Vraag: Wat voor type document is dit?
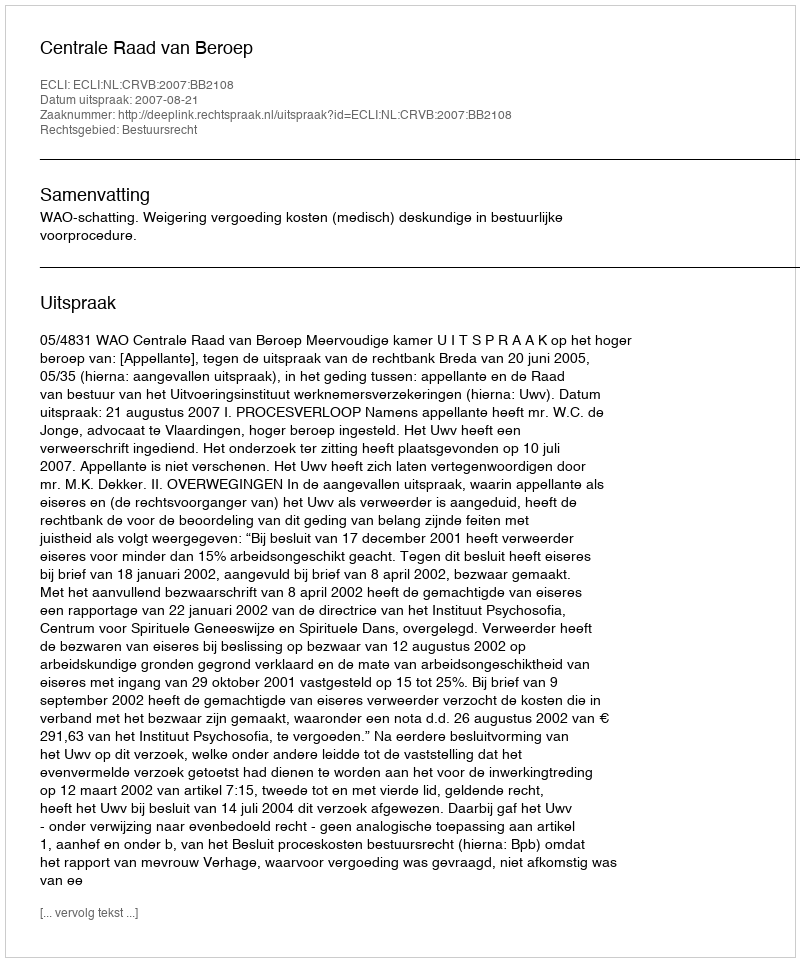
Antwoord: Uitspraak